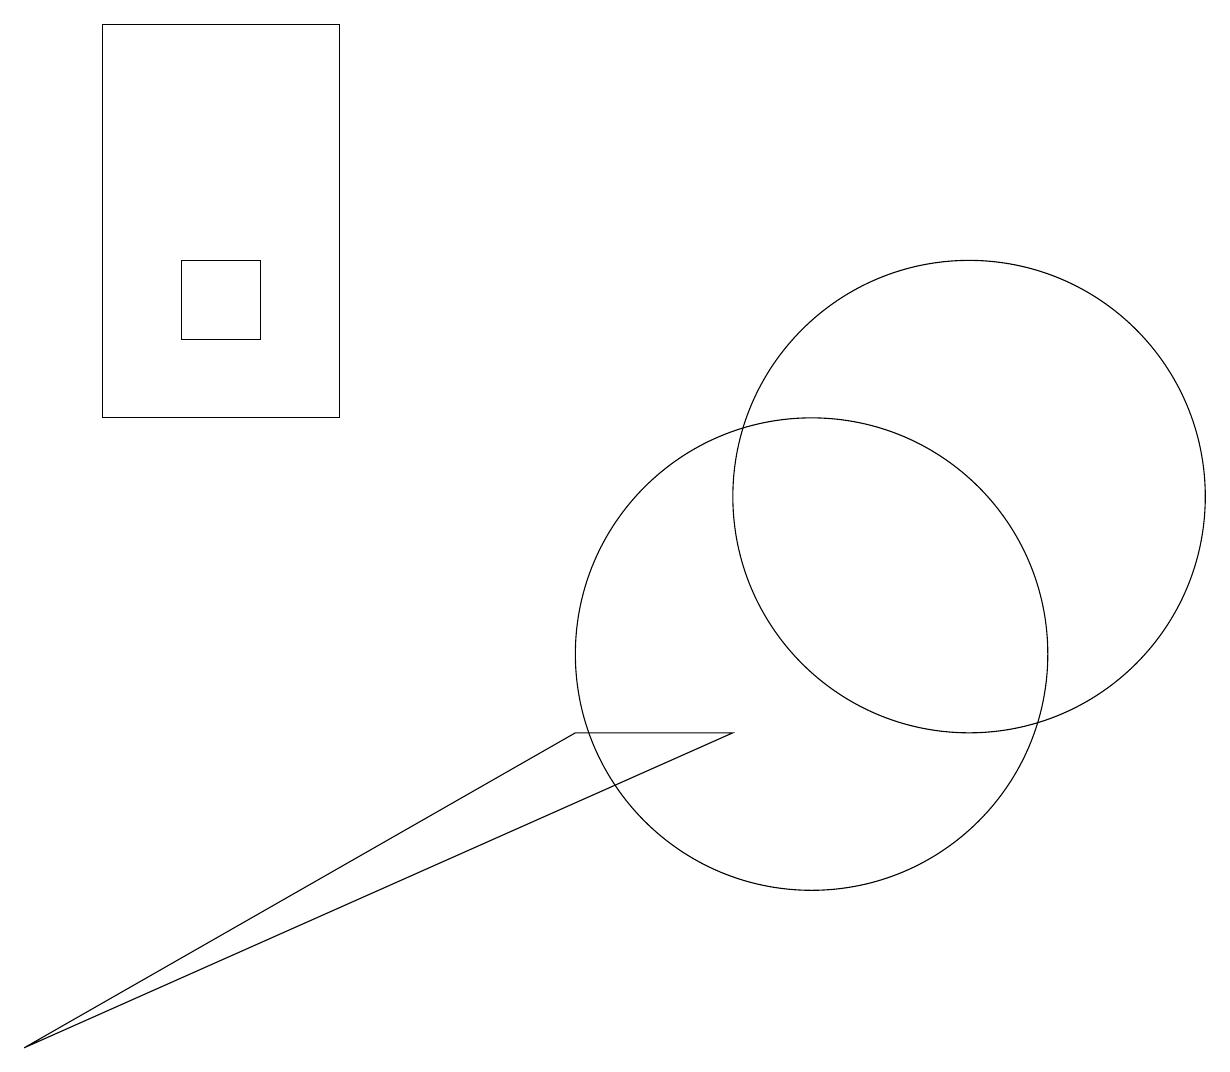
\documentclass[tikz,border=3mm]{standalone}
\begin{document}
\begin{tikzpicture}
\draw (12,12) circle (3);
\draw (4,13) rectangle (1,18);
\draw (3,15) rectangle (2,14);
\draw (0,5) -- (7,9) -- (9,9) -- cycle;
\draw (10,10) circle (3);
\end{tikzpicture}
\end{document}